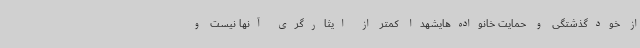
از خودگذشتگی و حمایت خانواده‌هایشهدا کمتر از ایثارگری آنها نیست و